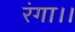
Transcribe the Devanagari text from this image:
रंगा।।